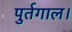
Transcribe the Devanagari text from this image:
पुर्तगाल।